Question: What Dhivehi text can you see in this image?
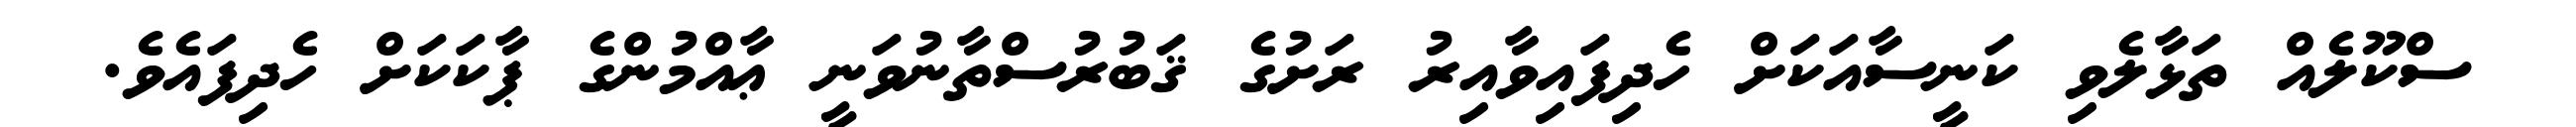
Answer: ސްކޫލެއް ތަޅާލެވި ކަނީސާއަކަށް ހެދިފައިވާއިރު ރަށުގެ ޤަބުރުސްތާނުވަނީ ޢާއްމުންގެ ޕާކަކަށް ހެދިފައެވެ.